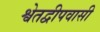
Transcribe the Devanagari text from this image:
श्वेतद्वीपवासी